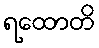
ရထောတိ